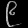
Digit: ၉